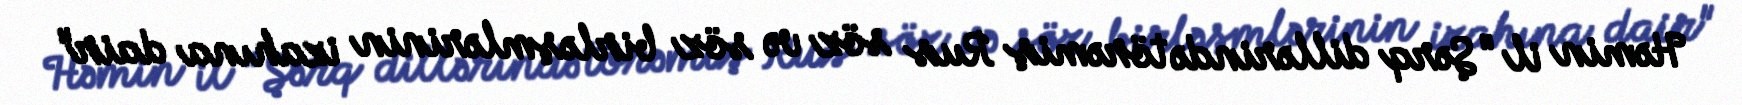
Həmin il "Şərq dillərində törəmiş Rus söz və söz birləşmlərinin izahına dair"